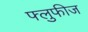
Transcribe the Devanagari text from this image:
फ्लुफीज